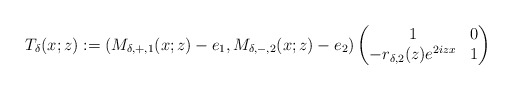
\begin{align*}T_{\delta}(x;z):=\left(M_{\delta,+,1}(x ;z)-e_1, M_{\delta,-,2}(x; z)-e_2\right)\begin{pmatrix}1 & 0 \\-r_{\delta,2}(z) e^{2izx} & 1\end{pmatrix}\end{align*}